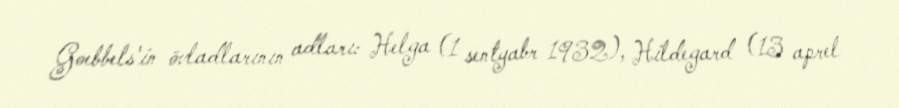
Goebbels'in övladlarının adları: Helga (1 sentyabr 1932), Hildegard (13 aprel